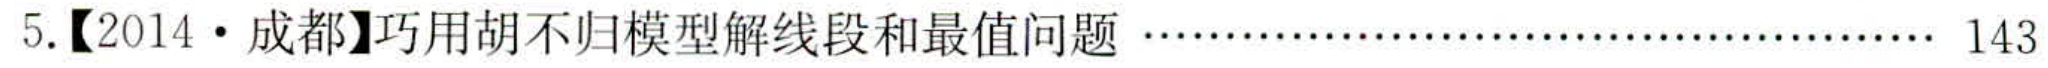
5.【2014 • 成都】巧用胡不归模型解线段和最值问题 …………………………………………… 143